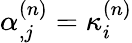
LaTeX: \alpha_{,j}^{(n)}=\kappa_{i}^{(n)}